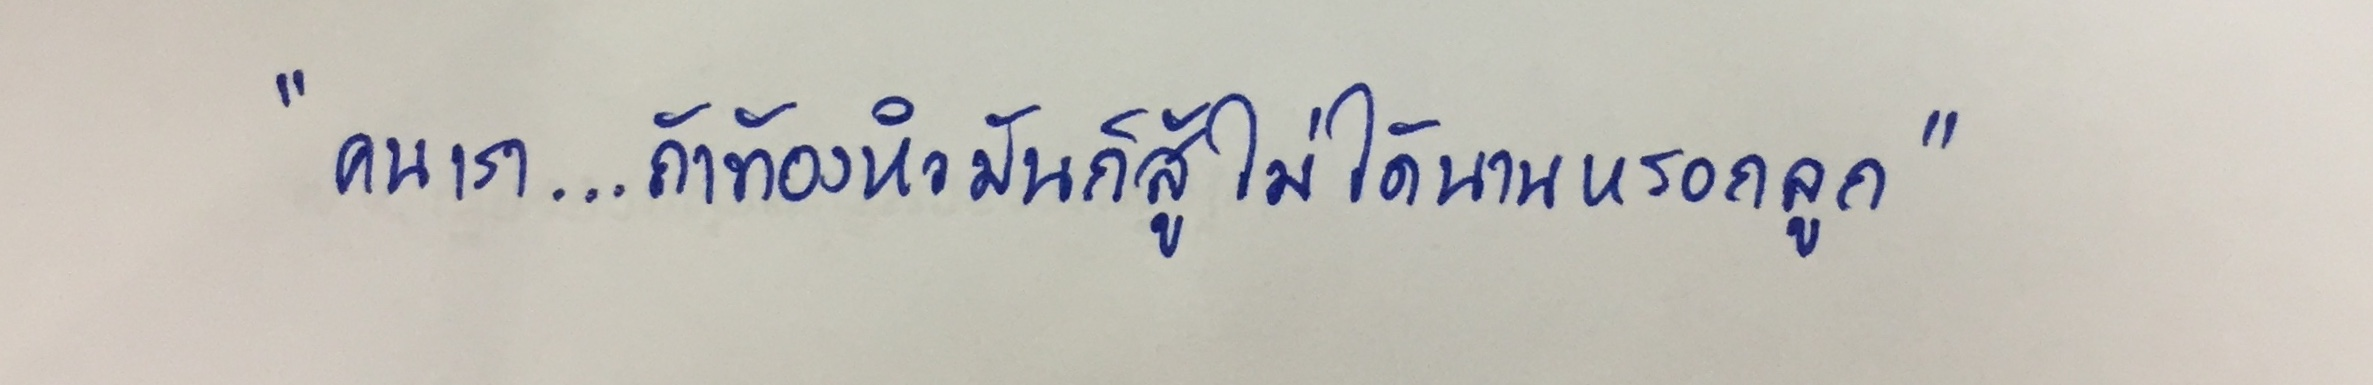
"คนเรา...ถ้าท้องหิวมันก็สู้ไม่ได้นานหรอกลูก"